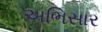
અભિસાર